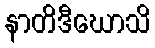
နာတိဒီဃောသိ